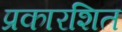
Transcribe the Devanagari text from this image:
प्रकारशित